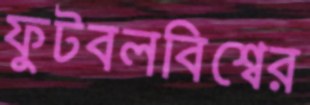
ফুটবলবিশ্বের